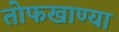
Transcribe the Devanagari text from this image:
तोफखाण्या